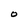
Character: O